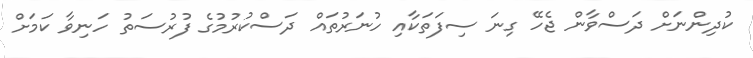
ކުދިންނަށް ދަސްވާން ޖެހޭ ގިނަ ސިފަތަކާއި ހުނަރުތައް ދަސްކުރުމުގެ ފުރުސަތު ހަނިވާ ކަމަށް